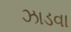
ઝાડવા